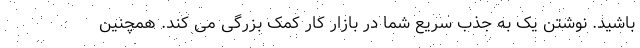
باشید. نوشتن یک به جذب سریع شما در بازار کار کمک بزرگی می کند. همچنین